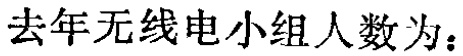
去年无线电小组人数为：